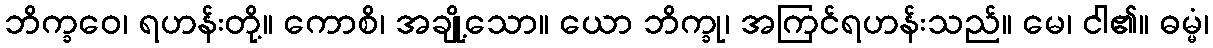
ဘိက္ခဝေ၊ ရဟန်းတို့။ ကောစိ၊ အချို့သော။ ယော ဘိက္ခု၊ အကြင်ရဟန်းသည်။ မေ၊ ငါ၏။ ဓမ္မံ၊